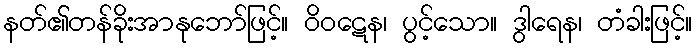
နတ်၏တန်ခိုးအာနုဘော်ဖြင့်။ ဝိဝဋေန၊ ပွင့်သော။ ဒွါရေန၊ တံခါးဖြင့်။